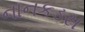
નાનકડસ